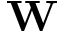
\mathbf { W }